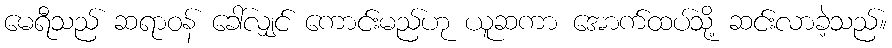
မေရီသည် ဆရာဝန် ခေါ်လျှင် ကောင်းမည်ဟု ယူဆကာ အောက်ထပ်သို့ ဆင်းလာခဲ့သည်။